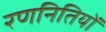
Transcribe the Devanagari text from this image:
रणनितियों